Lunatic asylums Madras 1892-1911 - 1892-1911
Year: 1892
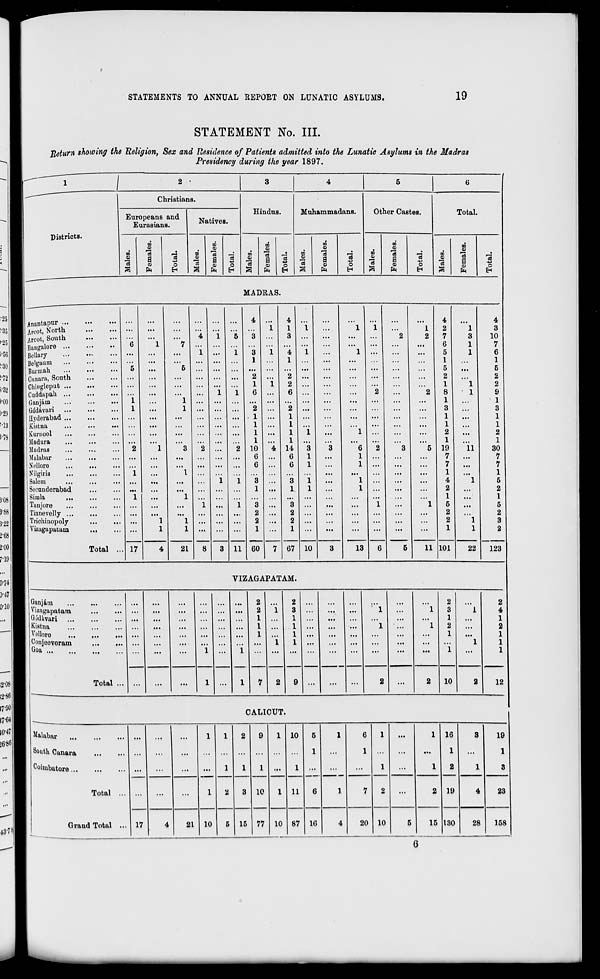
STATEMENTS TO ANNUAL REPORT ON LUNATIC ASYLUMS.
19
STATEMENT No. III.
Return showing the Religion, Sex and Residence of Patients admitted into the Lunatic Asylums in the Madras
Presidency during the year 1897.
Christians.
Districts.
Europeans and
Eurasians.
m
a>
"d
m
a>
73
a
CO
Pn
o
EH
Natives.
CD
CD
CO
73
a
PH
o
Hindus.
CO
o
73
CD
o
73
a
o
EH
Muhammadans.
CD
«
73
3
CO
V
73
a
CD
d
o
H
Other Castes.
co
cu
73
3
CO
CD
a
CD
o
Total.
CO
73
CO
CD
73
a
MADRAS.
o
EH
Anantapur ...
4
4
4
4
Areot, North
...
...
...
...
...
...
...
...
1
1
1
...
1
1
...
1
2
1
3
Arcot, South
...
...
...
...
4
1
5
3 ...
3 ...
...
...
...
2
2
7
3
10
Bangalore ...
..
6
1
7 ... ...
...
...
...
...
...
...
...
...
...
6
1
7
Bellary
...
...
...
...
1 ...
i 3 1 4 1 ...
1 ...
...
...
5
1
6
Belgaum
...
...
...
...
...
...
...
1
...
1 ...
...
...
...
...
1
...
1
Bunuah
...
6
...
5 ...
...
...
...
...
...
...
...
...
...
...
...
5
...
5
Cunara, South
...
...
...
...
...
...
...
2 ...
2 ...
...
...
...
...
...
2
...
2
Cliingleput ...
...
...
...
...
...
...
...
1
1
2 ...
...
...
...
...
...
1
1
2
Cuddapah ...
...
...
...
...
...
1
l
6 ...
6 ...
...
...
2
...
2
8
1
9
Ganjam
...
i ...
1 ...
...
...
...
...
...
...
...
...
...
...
...
1
...
1
Godavari
...
i
...
1 ...
...
2 ...
2 ...
...
...
...
...
...
3
3
Hyderabad ...
...
...
...
...
...
...
...
1
...
1 ...
...
...
...
...
...
1
...
1
Kistna
... ...
...
...
...
1 ...
1 ...
...
...
...
...
...
1
1
Kumool
...
...
1 ...
1
1
...
1 ...
...
2
2
Madura
1
1
...
...
...
1
1
Madras
2
1
3
2
2 10
4 14
3
3
6
2
3
5 19
11
30
Malabar
6
6
1
...
1
7
7
Nollore
...
...
...
...
6
6
1
1 ...
7
7
Nilgiris
1
I
...
...
...
1
1
Salem
...
1
1
3
3
1
1
4
1
5
Seeunderabad
...
1 ...
1
1
1
2
2
Simla
...
1
1
1
1
Taniore
1
1
3
3
•••
1
...
1
5
5
Tinnevelly ...
...
...
...
...
...
2 ...
2 ...
...
...
...
...
2
2
Trichiuopoly
...
... ...
1
1 ...
...
...
2 ...
2 ...
...
...
...
...
...
2
1
3
Vizagapatain
Total ... 17
1
1
8
3 11
1
60
7
1
67
...
...
...
6
5
...
1
101
1
2
4
21
10
3
13
11
22
123
VIZAGAPATAM.
Ganjaru
2
2
2
2
Vizagapatam
...
...
...
2
i 3
...
1
1
3
1
4
Godivari
,
1
1
1
1
Kistna
.
1
1
1
..
1
2
2
Vellore
...
...
1
1 ...
...
1
1
Gonjoovoram
I
1
...
1
1
Goa
...
...
Ml
1 ...
1
...
...
...
...
...
...
...
...
1
...
1
Total ... ...
...
...
1
...
1
7 2 9 ...
...
...
2
...
2
10
2
12
CALICUT.
Malabar
1
1
2
9
1 10
5
1
6
1
...
1 16
3
19
South Canara
...
...
...
...
...
...
...
1
...
1 ...
...
...
1
...
1
Cuimbatore
...
...
...
1
1
2
1
3
1
10
1
1
11
6
...
...
1
2
...
1
2
19
1
3
Total ...
...
...
1
7
...
2
4
23
Grand Total ... 17
4
21 10
5 15 77 10 87 16
4
20 10
5
15 130
28
158
6